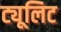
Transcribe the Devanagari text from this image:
ट्यूलिट